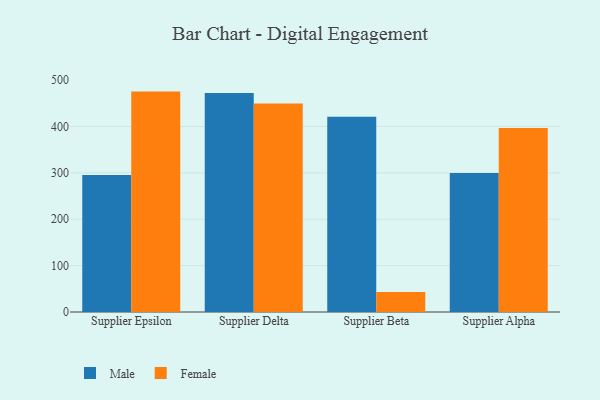
{"axis": {"x": "Supplier", "y": "Website Visitors"}, "legend": ["Female", "Male"], "data": [{"x": "Supplier Epsilon", "y": 295.6, "type": "Male"}, {"x": "Supplier Epsilon", "y": 475.3, "type": "Female"}, {"x": "Supplier Delta", "y": 472.5, "type": "Male"}, {"x": "Supplier Delta", "y": 449.6, "type": "Female"}, {"x": "Supplier Beta", "y": 421.0, "type": "Male"}, {"x": "Supplier Beta", "y": 43.0, "type": "Female"}, {"x": "Supplier Alpha", "y": 299.6, "type": "Male"}, {"x": "Supplier Alpha", "y": 396.8, "type": "Female"}]}